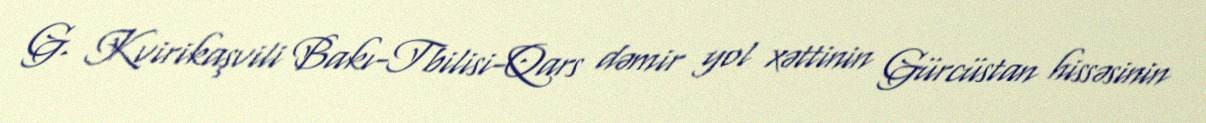
G. Kvirikaşvili Bakı-Tbilisi-Qars dəmir yol xəttinin Gürcüstan hissəsinin